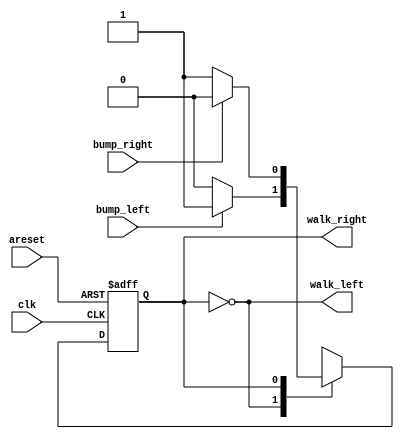
module top_module(
    input clk,
    input areset,    // Freshly brainwashed Lemmings walk left.
    input bump_left,
    input bump_right,
    output walk_left,
    output walk_right); 

    reg y, Y;
    parameter left=0, right=1;

    always@(y, bump_left, bump_right)begin
        case(y)
            left: if(bump_left) Y <= right;
                  else Y <= left;   //
            right: if(bump_right) Y = left;
                  else Y <= right;
        endcase
    end

    always@(posedge clk, posedge areset)begin
        if(areset)
            y <= left;
        else
            y <= Y;
    end

    assign walk_left = (y == left);
    assign walk_right = (y == right);


endmodule